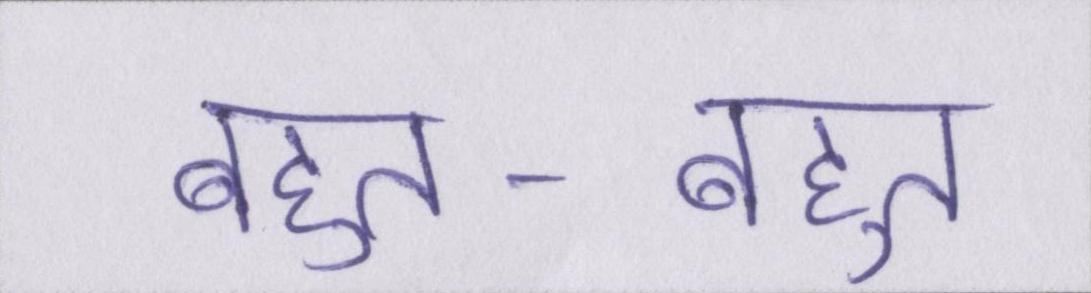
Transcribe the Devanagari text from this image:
बहुत-बहुत